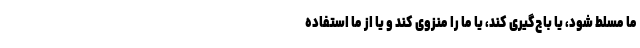
ما مسلط شود، یا باج‌گیری کند، یا ما را منزوی کند و یا از ما استفاده